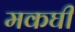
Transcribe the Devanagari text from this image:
मकघी